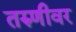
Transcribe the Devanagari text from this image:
तरुणीवर